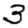
Digit: 3